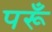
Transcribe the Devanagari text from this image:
परूँ